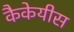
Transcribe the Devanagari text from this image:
कैकेयीस